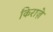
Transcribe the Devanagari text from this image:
किराज़े